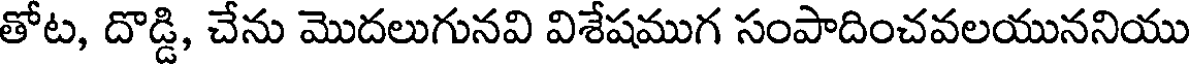
తోట, దొడ్డి, చేను మొదలుగునవి విశేషముగ సంపాదించవలయుననియు